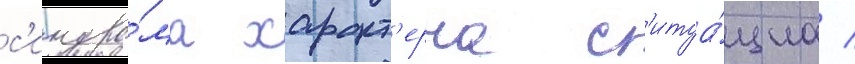
с'индро́ма характ'ерна с'итуа́циа /